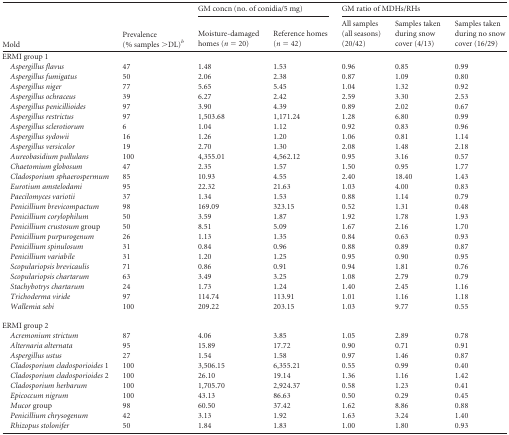
<table><thead><tr><td rowspan="2"><b>Mold</b></td><td rowspan="2"><b>Prevalence (% samples &gt;DL)<sup><i>b</i></sup></b></td><td colspan="2"><b>GM concn (no. of conidia/5 mg)</b></td><td colspan="3"><b>GM ratio of MDHs/RHs</b></td></tr><tr><td><b>Moisture-damaged homes (<i>n</i> = 20)</b></td><td><b>Reference homes (<i>n</i> = 42)</b></td><td><b>All samples (all seasons) (20/42)</b></td><td><b>Samples taken during snow cover (4/13)</b></td><td><b>Samples taken during no snow cover (16/29)</b></td></tr></thead><tbody><tr><td>ERMI group 1</td><td></td><td></td><td></td><td></td><td></td><td></td></tr><tr><td>Aspergillus flavus</td><td>47</td><td>1.48</td><td>1.53</td><td>0.96</td><td>0.85</td><td>0.99</td></tr><tr><td>Aspergillus fumigatus</td><td>50</td><td>2.06</td><td>2.38</td><td>0.87</td><td>1.09</td><td>0.80</td></tr><tr><td>Aspergillus niger</td><td>77</td><td>5.65</td><td>5.45</td><td>1.04</td><td>1.32</td><td>0.92</td></tr><tr><td>Aspergillus ochraceus</td><td>39</td><td>6.27</td><td>2.42</td><td>2.59</td><td>3.30</td><td>2.53</td></tr><tr><td>Aspergillus penicillioides</td><td>97</td><td>3.90</td><td>4.39</td><td>0.89</td><td>2.02</td><td>0.67</td></tr><tr><td>Aspergillus restrictus</td><td>97</td><td>1,503.68</td><td>1,171.24</td><td>1.28</td><td>6.80</td><td>0.99</td></tr><tr><td>Aspergillus sclerotiorum</td><td>6</td><td>1.04</td><td>1.12</td><td>0.92</td><td>0.83</td><td>0.96</td></tr><tr><td>Aspergillus sydowii</td><td>16</td><td>1.26</td><td>1.20</td><td>1.06</td><td>0.81</td><td>1.14</td></tr><tr><td>Aspergillus versicolor</td><td>19</td><td>2.70</td><td>1.30</td><td>2.08</td><td>1.48</td><td>2.18</td></tr><tr><td>Aureobasidium pullulans</td><td>100</td><td>4,355.01</td><td>4,562.12</td><td>0.95</td><td>3.16</td><td>0.57</td></tr><tr><td>Chaetomium globosum</td><td>47</td><td>2.35</td><td>1.57</td><td>1.50</td><td>0.95</td><td>1.77</td></tr><tr><td>Cladosporium sphaerospermum</td><td>85</td><td>10.93</td><td>4.55</td><td>2.40</td><td>18.40</td><td>1.43</td></tr><tr><td>Eurotium amstelodami</td><td>95</td><td>22.32</td><td>21.63</td><td>1.03</td><td>4.00</td><td>0.83</td></tr><tr><td>Paecilomyces variotii</td><td>37</td><td>1.34</td><td>1.53</td><td>0.88</td><td>1.14</td><td>0.79</td></tr><tr><td>Penicillium brevicompactum</td><td>98</td><td>169.09</td><td>323.15</td><td>0.52</td><td>1.31</td><td>0.48</td></tr><tr><td>Penicillium corylophilum</td><td>50</td><td>3.59</td><td>1.87</td><td>1.92</td><td>1.78</td><td>1.93</td></tr><tr><td>Penicillium crustosum group</td><td>50</td><td>8.51</td><td>5.09</td><td>1.67</td><td>2.16</td><td>1.70</td></tr><tr><td>Penicillium purpurogenum</td><td>26</td><td>1.13</td><td>1.35</td><td>0.84</td><td>0.63</td><td>0.93</td></tr><tr><td>Penicillium spinulosum</td><td>31</td><td>0.84</td><td>0.96</td><td>0.88</td><td>0.89</td><td>0.87</td></tr><tr><td>Penicillium variabile</td><td>31</td><td>1.20</td><td>1.25</td><td>0.95</td><td>0.90</td><td>0.95</td></tr><tr><td>Scopulariopsis brevicaulis</td><td>71</td><td>0.86</td><td>0.91</td><td>0.94</td><td>1.81</td><td>0.76</td></tr><tr><td>Scopulariopsis chartarum</td><td>63</td><td>3.49</td><td>3.25</td><td>1.08</td><td>2.79</td><td>0.79</td></tr><tr><td>Stachybotrys chartarum</td><td>24</td><td>1.73</td><td>1.24</td><td>1.40</td><td>2.45</td><td>1.16</td></tr><tr><td>Trichoderma viride</td><td>97</td><td>114.74</td><td>113.91</td><td>1.01</td><td>1.16</td><td>1.18</td></tr><tr><td>Wallemia sebi</td><td>100</td><td>209.22</td><td>203.15</td><td>1.03</td><td>9.77</td><td>0.55</td></tr><tr><td>ERMI group 2</td><td></td><td></td><td></td><td></td><td></td><td></td></tr><tr><td>Acremonium strictum</td><td>87</td><td>4.06</td><td>3.85</td><td>1.05</td><td>2.89</td><td>0.78</td></tr><tr><td>Alternaria alternata</td><td>95</td><td>15.89</td><td>17.72</td><td>0.90</td><td>0.71</td><td>0.91</td></tr><tr><td>Aspergillus ustus</td><td>27</td><td>1.54</td><td>1.58</td><td>0.97</td><td>1.46</td><td>0.87</td></tr><tr><td>Cladosporium cladosporioides 1</td><td>100</td><td>3,506.15</td><td>6,355.21</td><td>0.55</td><td>0.99</td><td>0.40</td></tr><tr><td>Cladosporium cladosporioides 2</td><td>100</td><td>26.10</td><td>19.14</td><td>1.36</td><td>1.16</td><td>1.42</td></tr><tr><td>Cladosporium herbarum</td><td>100</td><td>1,705.70</td><td>2,924.37</td><td>0.58</td><td>1.23</td><td>0.41</td></tr><tr><td>Epicoccum nigrum</td><td>100</td><td>43.13</td><td>86.63</td><td>0.50</td><td>0.29</td><td>0.45</td></tr><tr><td>Mucor group</td><td>98</td><td>60.50</td><td>37.42</td><td>1.62</td><td>8.86</td><td>0.88</td></tr><tr><td>Penicillium chrysogenum</td><td>42</td><td>3.13</td><td>1.92</td><td>1.63</td><td>3.24</td><td>1.40</td></tr><tr><td>Rhizopus stolonifer</td><td>50</td><td>1.84</td><td>1.83</td><td>1.00</td><td>1.80</td><td>0.93</td></tr></tbody></table>